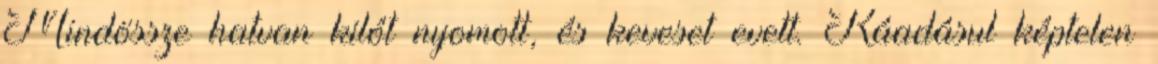
Mindössze hatvan kilót nyomott, és keveset evett. Ráadásul képtelen